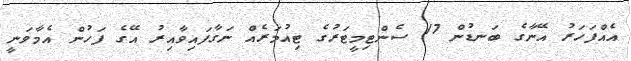
އެއްފަހަރު އޭނާގެ ބަނޑުން 17 ސެންޓިމީޓަރުގެ ޓިއުމަރެއް ނަގާފައިވާއިރު އޭގެ ފަހުން އެމާވަނީ